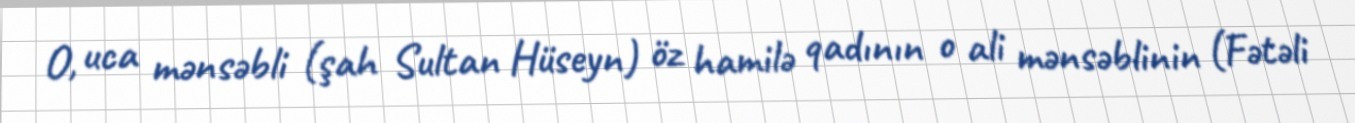
O, uca mənsəbli (şah Sultan Hüseyn) öz hamilə qadının o ali mənsəblinin (Fətəli